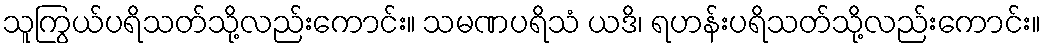
သူကြွယ်ပရိသတ်သို့လည်းကောင်း။ သမဏပရိသံ ယဒိ၊ ရဟန်းပရိသတ်သို့လည်းကောင်း။